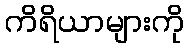
ကိရိယာများကို